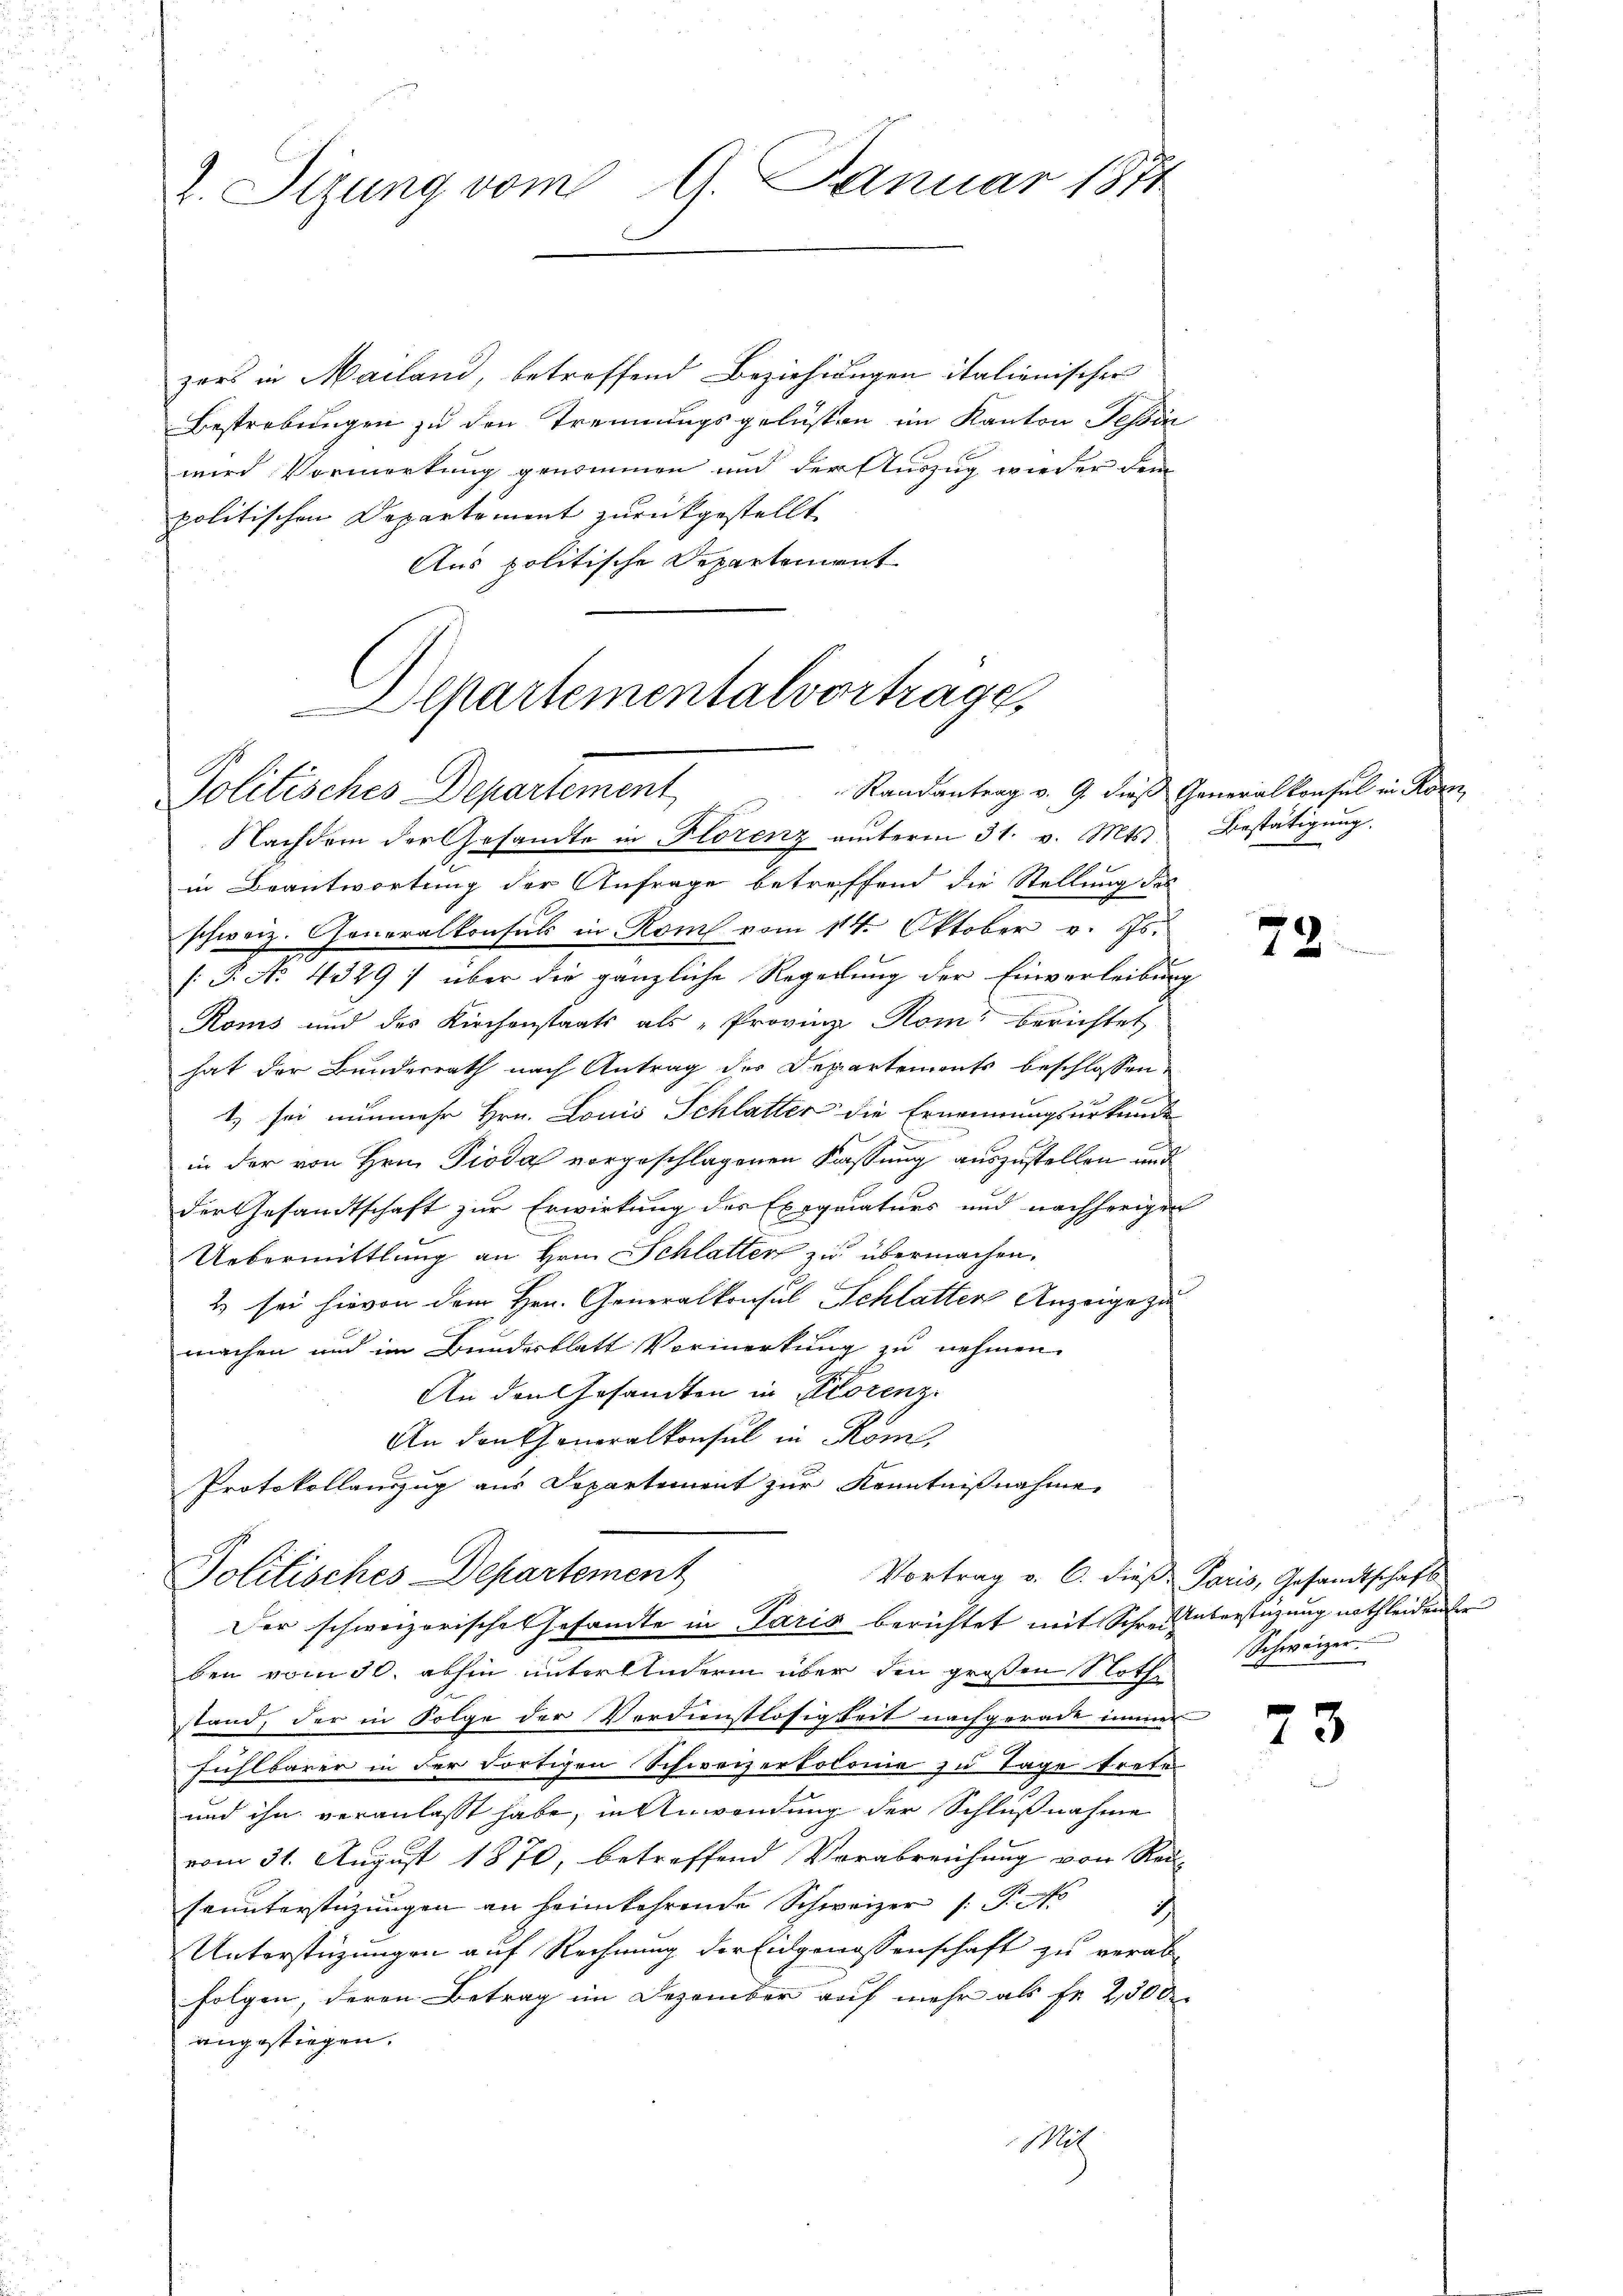
Z. Sizung vom 9. Januar 1871

zers in Mailand, betreffend Beziehungen italienischer
Bestrebungen zu den Trennungsgelüsten im Kanton Tessin
wird Vormerkung genommen und der Auszug wieder dem
politischen Departement zurückgestellt.
Aus politische Departement
Alpartementalvortrage

Randantrag v. 9. dieß Generalkonsul in Ro
Politisches Departement,
Nachdem der Gesandte in Florenz anterm 31. v. Mts. Bestätigung.

in Beantwortung der Anfrage betreffend die Stellung des
schweiz. Generalkonsuls in Rom vom 14. Oktober v. Js.
[P. No 4329 :/ über die gänzliche Regelung der Einverleibung
Koms und des Kirchenstaats als „Provinz Rom berichtet
hat der Bundesrath nach Antrag des Departements beschlossen,
t) sei nunmehr Hrn. Louis Schlatter die Ernennungsurkunde
in der von Hrn. Pioda vorgeschlagenen Fassung auszustellen und
der Gesandtschaft zur Erwirkung des Exequaturs und nachherigen
Uebermittlung an Hrn. Schlatter zu übermachen.
2 sei hievon dem Hrn. Generalkonsul Schlatten Anzeige zu
machen und im Bundesblatt Vormerkung zu nehmen.
Ge
An den Gesandten in Florenz.
An dankeneralkonsul in Rom,
Protokollauszug aus Departement zur Kenntnißnahme
Politisches Departement
Vortrag v. 6. dieß. Paris, Gesandtschaft
Der schweizerische Gesandte in Paris berichtet mit Schreiberstüzung nothleidender
ben vom 30. abhin unter Andern über den großen Nothe
stand, der in Folge der Verdienstlosigkeit nachgerade immer
e
fühlbarer in der dortigen Schweizertolome zu Tage trete
und ihn veranlasst habe, in Anwendung der Schlußnahme
vom 31. August 1870, betreffend Verabreichung von Rei-
seunterstüzungen an heimkehrende Schweizer /: P. No
Unterstüzungen auf Rechnung der Eidgenossenschaft zu verab-
folgen, deren Betrag im Dezember auf mehr als Fr. 2,500
angestiegen.
Mit

.

72

Schweizer.

73

22